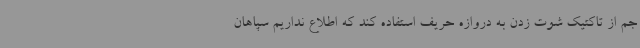
جم از تاکتیک شوت زدن به دروازه حریف استفاده کند که اطلاع نداریم سپاهان